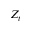
Z _ { t }